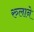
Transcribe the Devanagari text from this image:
रुलाने